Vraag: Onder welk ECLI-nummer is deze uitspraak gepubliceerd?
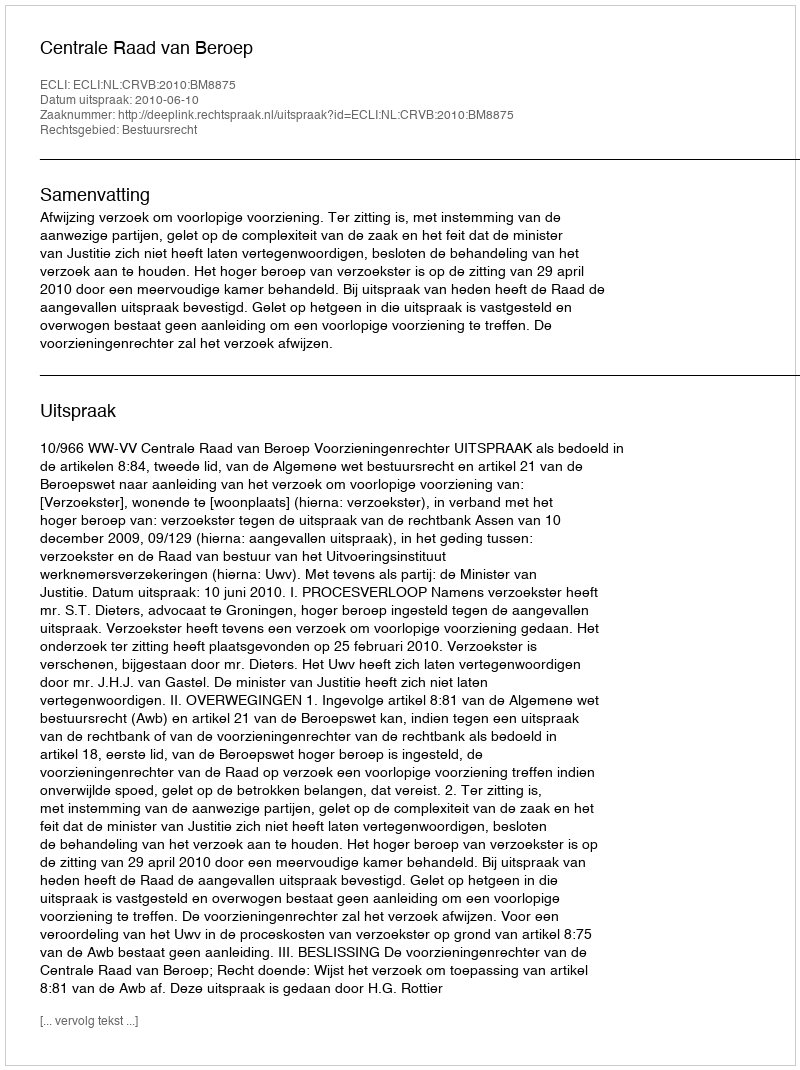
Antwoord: ECLI:NL:CRVB:2010:BM8875